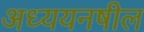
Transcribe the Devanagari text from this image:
अध्ययनषील